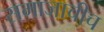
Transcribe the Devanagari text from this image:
समाजाचीच